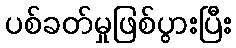
ပစ်ခတ်မှုဖြစ်ပွားပြီး